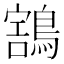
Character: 𪃜